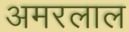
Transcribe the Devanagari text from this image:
अमरलाल